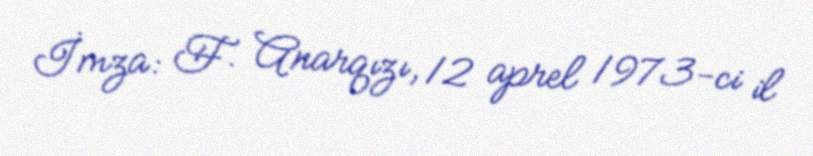
İmza: F. Anarqızı, 12 aprel 1973-ci il